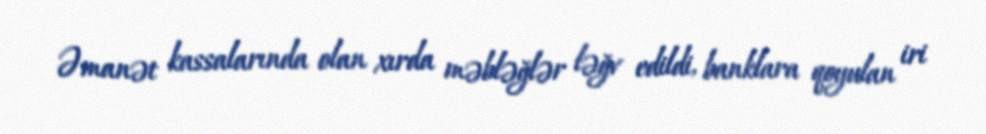
Əmanət kassalarında olan xırda məbləğlər ləğv edildi, banklara qoyulan iri